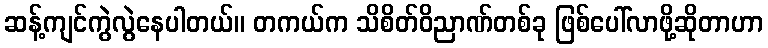
ဆန့်ကျင်ကွဲလွဲနေပါတယ်။ တကယ်က သိစိတ်ဝိညာဏ်တစ်ခု ဖြစ်ပေါ်လာဖို့ဆိုတာဟာ